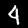
Digit: 4